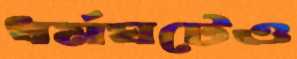
ধর্মঘটেও